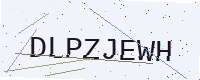
Text: DLPZJEWH